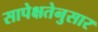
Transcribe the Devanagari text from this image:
सापेक्षतेनुसार